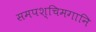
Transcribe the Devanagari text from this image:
समपश्चिमगानि